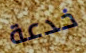
خدعة